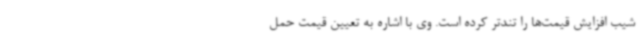
شیب افزایش قیمت‌ها را تندتر کرده است. وی با اشاره به تعیین قیمت حمل